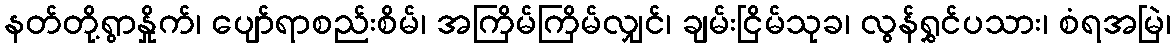
နတ်တို့ရွာနှိုက်၊ ပျော်ရာစည်းစိမ်၊ အကြိမ်ကြိမ်လျှင်၊ ချမ်းငြိမ်သုခ၊ လွန်ရွှင်ပသား၊ စံရအမြဲ၊